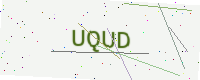
Text: UQUD